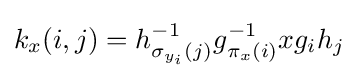
k_{x}(i,j)=h_{\sigma _{y_{i}}(j)}^{-1}g_{\pi _{x}(i)}^{-1}xg_{i}h_{j}